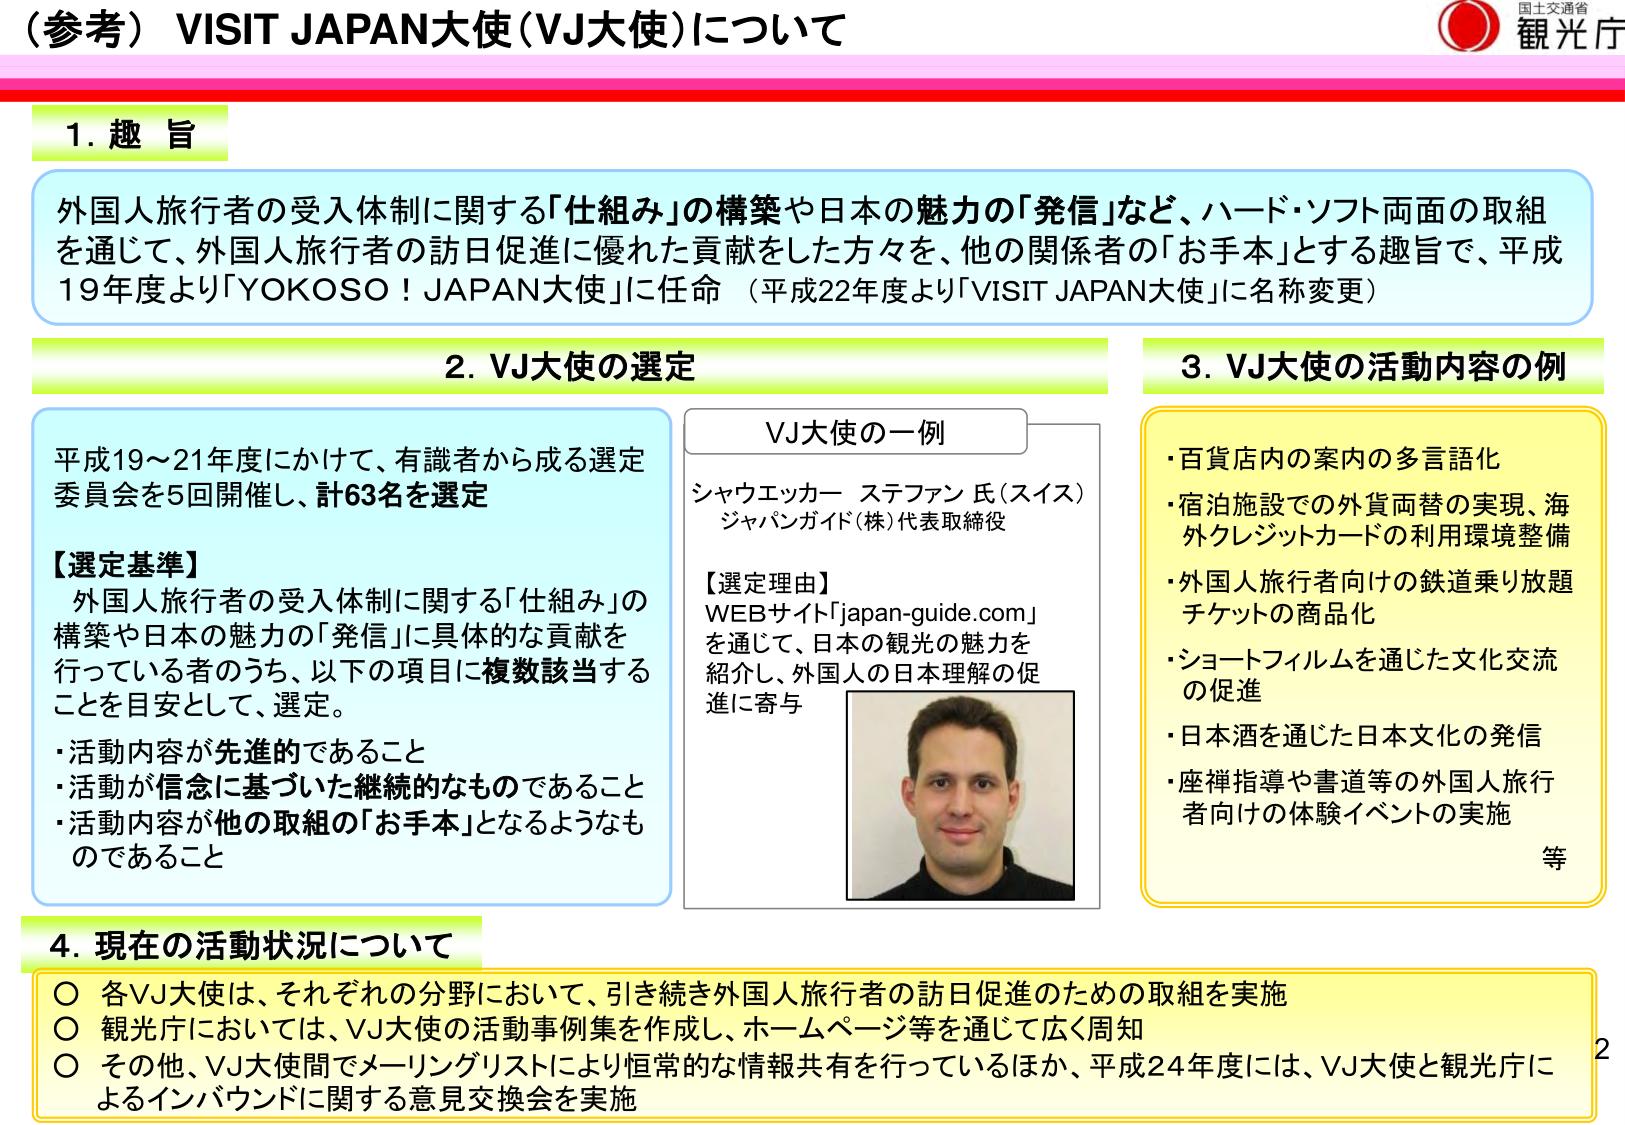
（参考）VISIT JAPAN大使（VJ大使）について

1. 趣 旨

外国人旅行者の受入体制に関する「仕組み」の構築や日本の魅力の「発信」など、ハード・ソフト両面の取組を通じて、外国人旅行者の訪日促進に優れた貢献をした方々を、他の関係者の「お手本」とする趣旨で、平成19年度より「YOKOSO！JAPAN大使」に任命（平成22年度より「VISIT JAPAN大使」に名称変更）

2. VJ大使の選定

平成19～21年度にかけて、有識者から成る選定委員会を5回開催し、計63名を選定

【選定基準】
外国人旅行者の受入体制に関する「仕組み」の構築や日本の魅力の「発信」に具体的な貢献を行っている者のうち、以下の項目に複数該当することを目安として、選定。
・活動内容が先進的であること
・活動が信念に基づいた継続的なものであること
・活動内容が他の取組の「お手本」となるようなものであること

VJ大使の一例
シャウエッカー ステファン 氏（スイス）
ジャパンガイド（株）代表取締役

【選定理由】
WEBサイト「japan-guide.com」を通じて、日本の観光の魅力を紹介し、外国人の日本理解の促進に寄与

3. VJ大使の活動内容の例
・百貨店内の案内の多言語化
・宿泊施設での外貨両替の実現、海外クレジットカードの利用環境整備
・外国人旅行者向けの鉄道乗り放題チケットの商品化
・ショートフィルムを通じた文化交流の促進
・日本酒を通じた日本文化の発信
・座禅指導や書道等の外国人旅行者向けの体験イベントの実施
等

4. 現在の活動状況について
○ 各VJ大使は、それぞれの分野において、引き続き外国人旅行者の訪日促進のための取組を実施
○ 観光庁においては、VJ大使の活動事例集を作成し、ホームページ等を通じて広く周知
○ その他、VJ大使間でメーリングリストにより恒常的な情報共有を行っているほか、平成24年度には、VJ大使と観光庁によるインバウンドに関する意見交換会を実施

国士交通省
観光庁

2